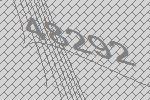
48292